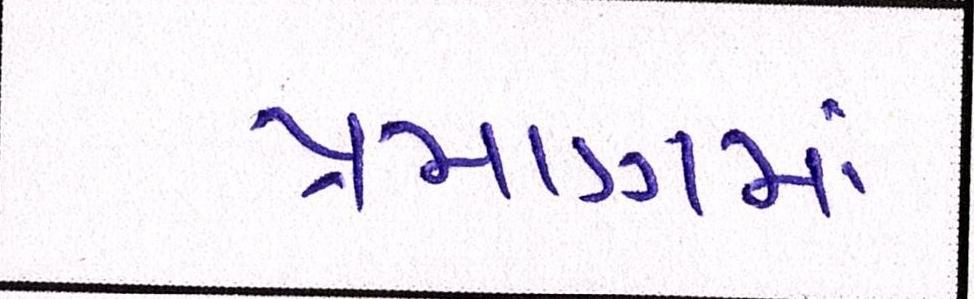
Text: પ્રમાણમાં